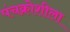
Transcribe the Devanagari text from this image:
पंचक्रोशीला